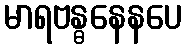
မာရဗန္ဓနေနပေ